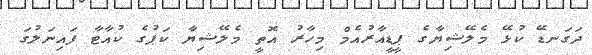
ދަގަނޑޭ ކުޅޭ މެލޭޝިޔާގެ ޕީޑީއާރުއެމް މިހާރު އޮތީ މެލޭޝިޔާ ކަޕުގެ ކުއާޓާ ފައިނަލުގަ